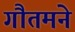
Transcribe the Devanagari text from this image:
गौतमने